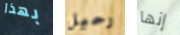
بهذا رحيل إنها